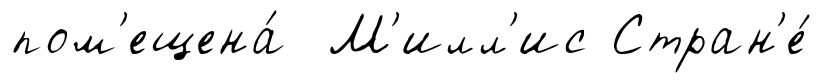
пом'ещена́ М'илл'ис Стран'е́